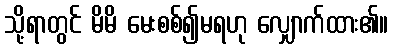
သို့ရာတွင် မိမိ မေးစစ်၍မရဟု လျှောက်ထား၏။